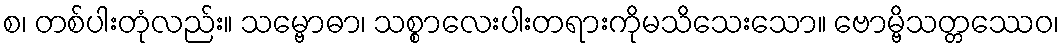
စ၊ တစ်ပါးတုံလည်း။ သမ္ဗောဓာ၊ သစ္စာလေးပါးတရားကိုမသိသေးသော။ ဗောမ္ဗိသတ္တဿေဝ၊